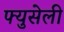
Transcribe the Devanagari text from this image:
फ्युसेली